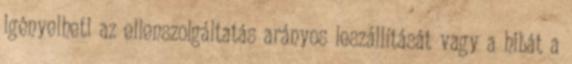
igényelheti az ellenszolgáltatás arányos leszállítását vagy a hibát a